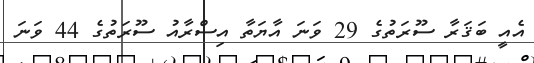
އެއީ ބަޤަރާ ސޫރަތުގެ 29 ވަނަ އާޔަތާ އިސްރާއު ސޫރަތުގެ 44 ވަނަ